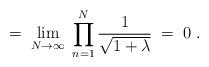
LaTeX: \begin{align*}= \; \lim_{N \rightarrow \infty} \;\prod_{n=1}^N \frac{1}{\sqrt{1+\lambda}} \; = \; 0 \; .\end{align*}